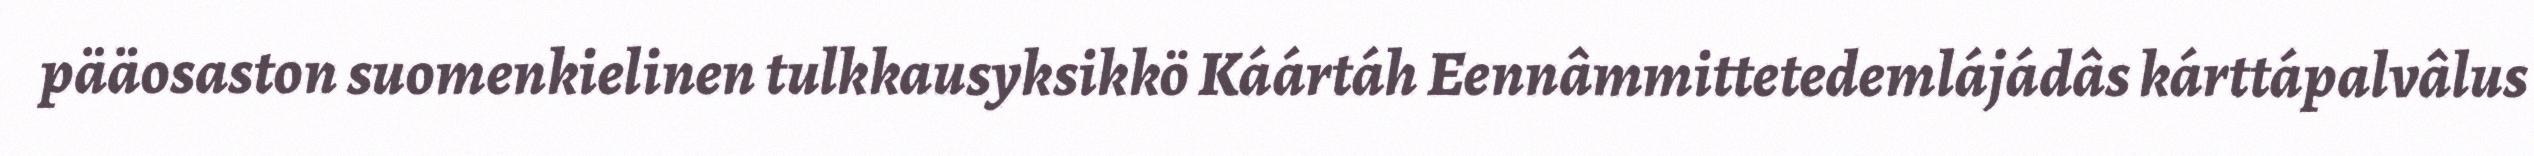
pääosaston suomenkielinen tulkkausyksikkö Káártáh Eennâmmittetedemlájádâs kárttápalvâlus